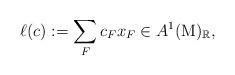
LaTeX: \begin{align*}\ell(c):= \sum_F c_F x_F\in A^1(\mathrm{M})_\mathbb{R},\end{align*}